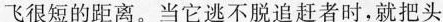
飞很短的距离。当它逃不脱追赶者时，就把头